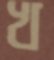
খ